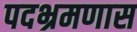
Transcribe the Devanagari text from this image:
पदभ्रमणास